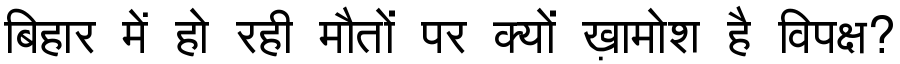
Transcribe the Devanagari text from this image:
बिहार में हो रही मौतों पर क्यों ख़ामोश है विपक्ष?